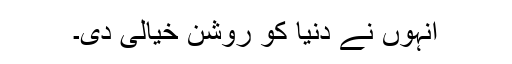
انہوں نے دنیا کو روشن خیالی دی۔